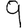
Digit: 9